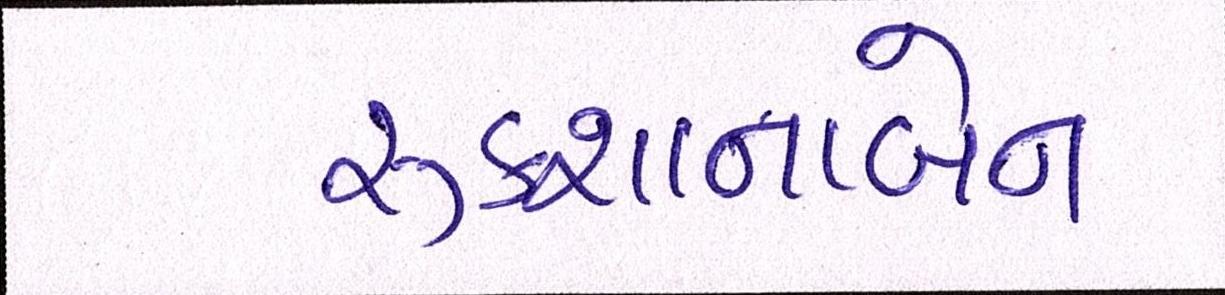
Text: રૂકશાનાબેન